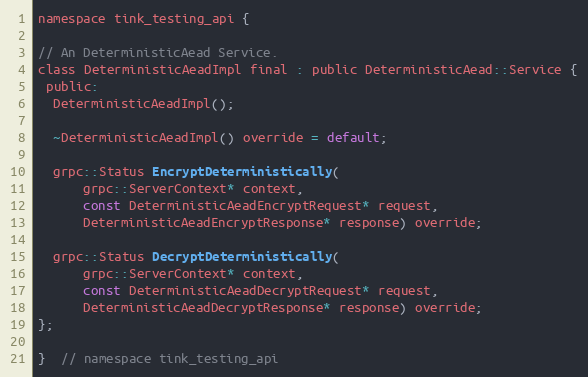
Language: C
namespace tink_testing_api {

// An DeterministicAead Service.
class DeterministicAeadImpl final : public DeterministicAead::Service {
 public:
  DeterministicAeadImpl();

  ~DeterministicAeadImpl() override = default;

  grpc::Status EncryptDeterministically(
      grpc::ServerContext* context,
      const DeterministicAeadEncryptRequest* request,
      DeterministicAeadEncryptResponse* response) override;

  grpc::Status DecryptDeterministically(
      grpc::ServerContext* context,
      const DeterministicAeadDecryptRequest* request,
      DeterministicAeadDecryptResponse* response) override;
};

}  // namespace tink_testing_api